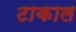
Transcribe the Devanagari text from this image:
टाकाल